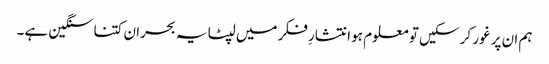
ہم ان پر غور کر سکیں تو معلوم ہو انتشارِ فکر میں لپٹا یہ بحران کتنا سنگین ہے۔